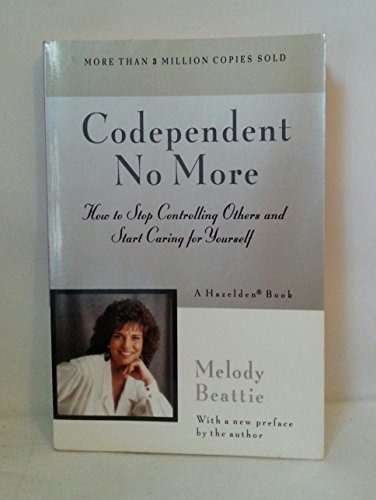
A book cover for Codependent No More: How to Stop Controlling Others and Start Caring for Yourself; Melody Beattie; Self-Help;